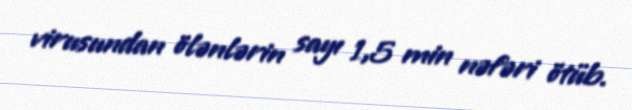
virusundan ölənlərin sayı 1,5 min nəfəri ötüb.